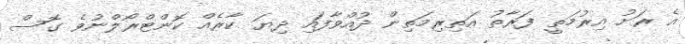
އެ ރަށު އިރުމަތީ ފަރާތު އަތިރިމަތިން ދުއްވާފައި ދިޔަ ކާރެއް ކޮންޓްރޯލްނުވެ ގޮސް